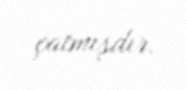
çatmışdır.